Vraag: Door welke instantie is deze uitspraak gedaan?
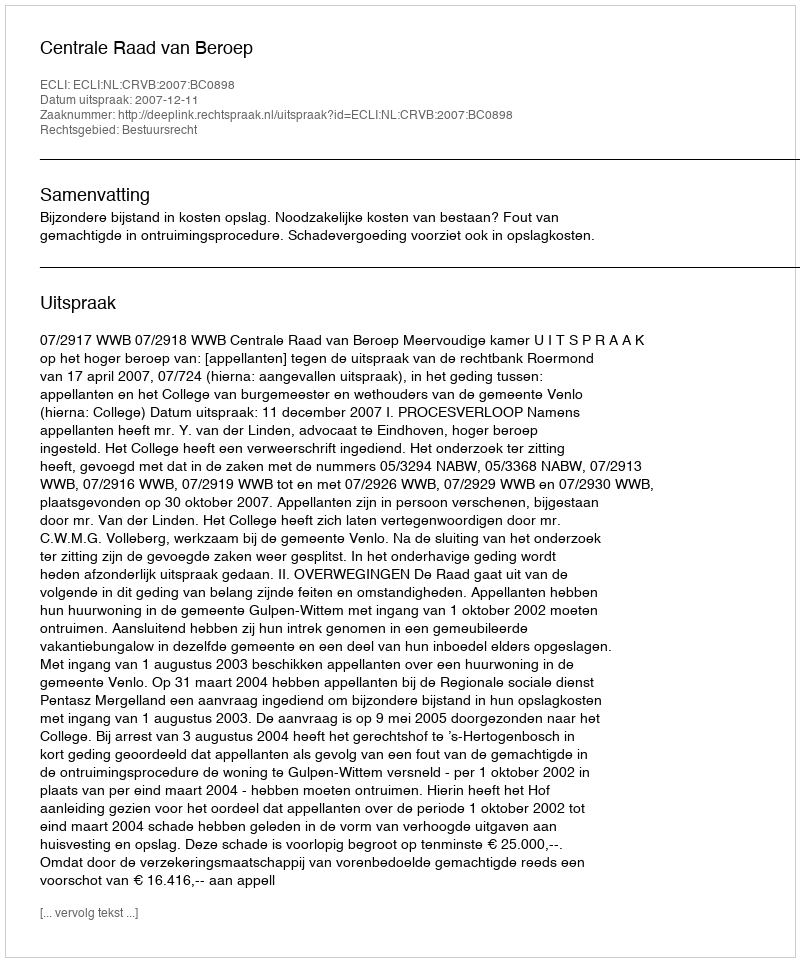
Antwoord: Centrale Raad van Beroep